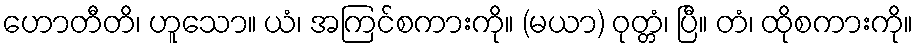
ဟောတီတိ၊ ဟူသော။ ယံ၊ အကြင်စကားကို။ (မယာ) ဝုတ္တံ၊ ပြီ။ တံ၊ ထိုစကားကို။